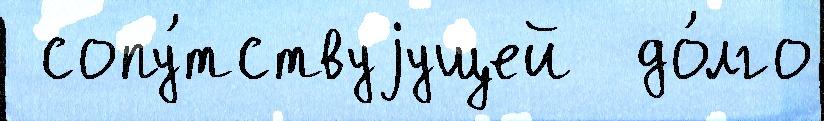
 сопу́тствуjущей  до́лго